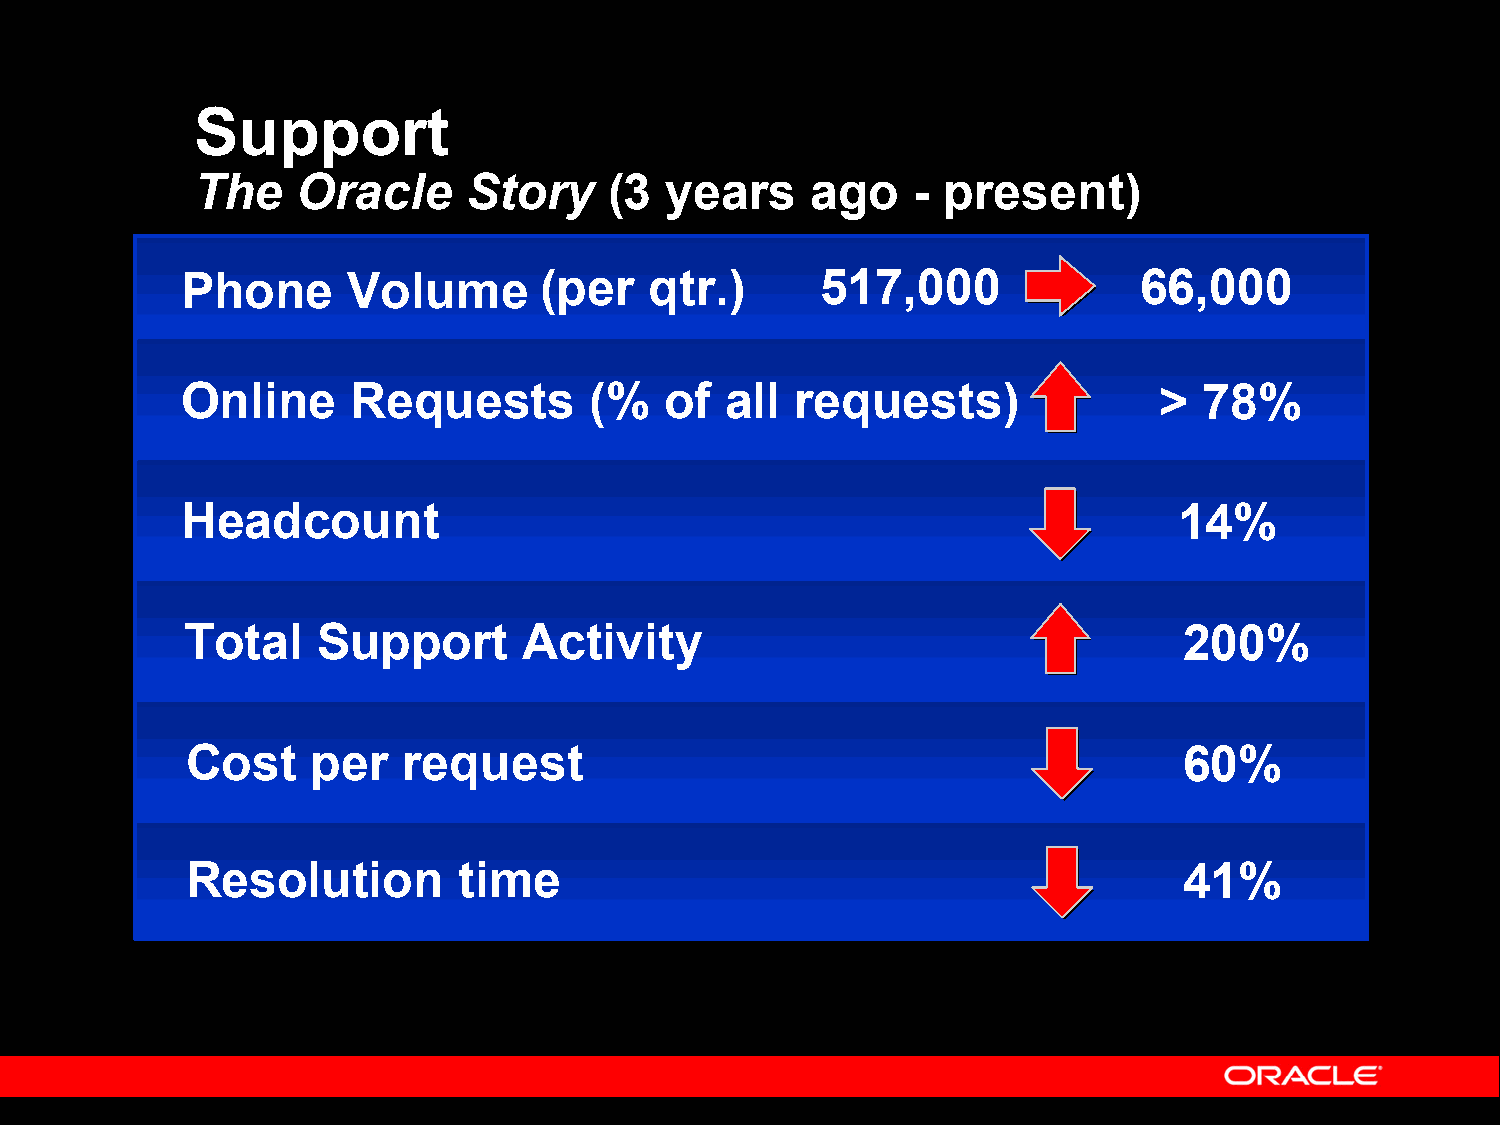
Support
 The    Oracle     Story    (3  years     ago   - present)
 Phone      Volume       (per   qtr.)      517,000              66,000
 Online     Requests        (%   of  all  requests)               >  78%
 Headcount                                                         14%
 Total    Support       Activity                                   200%
 Cost     per   request                                            60%
 Resolution        time                                            41%